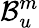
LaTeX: \mathcal{B}_{u}^{m}